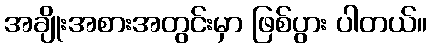
အချိုးအစားအတွင်းမှာ ဖြစ်ပွား ပါတယ်။